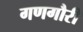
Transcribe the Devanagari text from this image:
गणगौरी